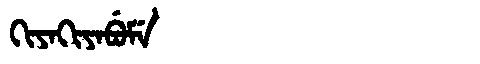
Manchu: ᡴᡳᠶᠠᡴᡳᠶᠠᠪᡠᠮᡝ
Romanization: KIYAKIYABUME